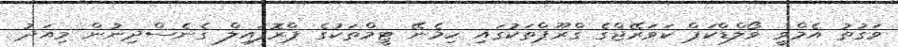
ވަގުތު އެމްވީ ވޯލްޑްކަޕް ކަވަރޭޖްގެ ގްރޫޕްތަކުގައި ހިމެނޭ ޓީމްތަކުގެ ޕްރޮފައިލް ގެނެސްދިނުން މިއަދު